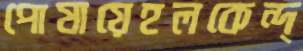
পোষায়েহলকেন্দ্